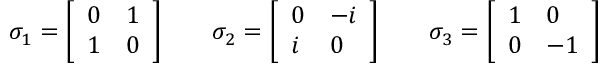
\sigma _ { 1 } = { \left[ \begin{array} { l l } { 0 } & { 1 } \\ { 1 } & { 0 } \end{array} \right] } \quad \quad \sigma _ { 2 } = { \left[ \begin{array} { l l } { 0 } & { - i } \\ { i } & { 0 } \end{array} \right] } \quad \quad \sigma _ { 3 } = { \left[ \begin{array} { l l } { 1 } & { 0 } \\ { 0 } & { - 1 } \end{array} \right] }